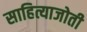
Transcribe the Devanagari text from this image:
साहित्याजोती